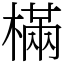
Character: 樠